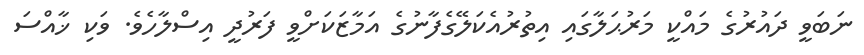
ނަބަވީ ދައުރުގެ މައްކީ މަރުޙަލާގައި އިތުރުއެކަލޭގެފާނުގެ އަމާޒަކަށްވީ ފަރުދީ އިސްލާހެވެ. ވަކި ޚާއްސަ